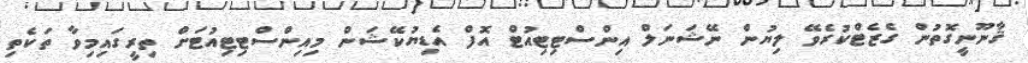
ޤާނޫނީގޮތުން ގެޒެޓްކުރެވޭ ލިޔުން ނޭޝަނަލް އިންސްޓިޓިއުޓް އޮފް އެޑިޔުކޭޝަން މިއިންސްޓިޓިއުޓަށް ތިރީގައިމިވާ ތަކެތި